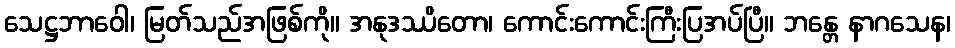
သေဋ္ဌဘာဝေါ၊ မြတ်သည်အဖြစ်ကို။ အနုဒဿိတော၊ ကောင်းကောင်းကြီးပြအပ်ပြီ။ ဘန္တေ နာဂသေန၊